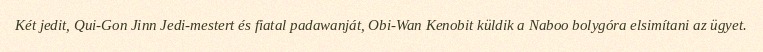
Két jedit, Qui-Gon Jinn Jedi-mestert és fiatal padawanját, Obi-Wan Kenobit küldik a Naboo bolygóra elsimítani az ügyet.